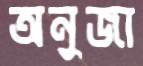
অনুজা